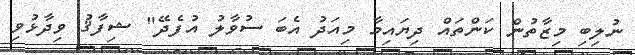
ނުލިބި މިޒާތުން ކަންތައް ދިޔައިމާ މިއަދު އެބަ ސުވާލު އުފެދޭ" ޝިފާޤު ވިދާޅުވި